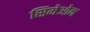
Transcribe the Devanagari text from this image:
सिमेओन